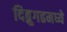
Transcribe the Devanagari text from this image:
दिब्रुगढमध्ये